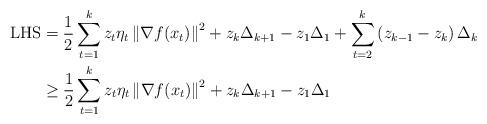
LaTeX: \begin{align*}\mbox{LHS} & =\frac{1}{2}\sum_{t=1}^{k}z_{t}\eta_{t}\left\Vert \nabla f(x_{t})\right\Vert ^{2}+z_{k}\Delta_{k+1}-z_{1}\Delta_{1}+\sum_{t=2}^{k}\left(z_{k-1}-z_{k}\right)\Delta_{k}\\ & \ge\frac{1}{2}\sum_{t=1}^{k}z_{t}\eta_{t}\left\Vert \nabla f(x_{t})\right\Vert ^{2}+z_{k}\Delta_{k+1}-z_{1}\Delta_{1}\end{align*}